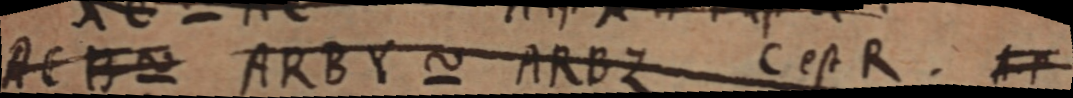
ACB ~ ARBY ~ ARBZ C est R. AP